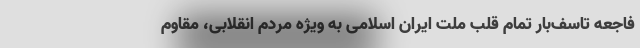
فاجعه تاسف‌بار تمام قلب ملت ایران اسلامی به ویژه مردم انقلابی، مقاوم